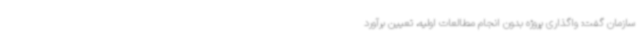
سازمان گفت: واگذاری پروژه بدون انجام مطالعات اولیه، تعیین برآورد